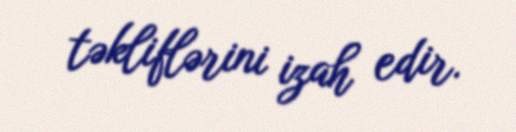
təkliflərini izah edir.